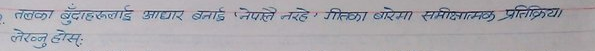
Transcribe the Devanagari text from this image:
तलका बुँदाहरूलाई आधार बनाई 'नेपाले नरहे' गीतका बारेमा समीक्षात्मक प्रतिक्रिया
लेख्नु होस्: